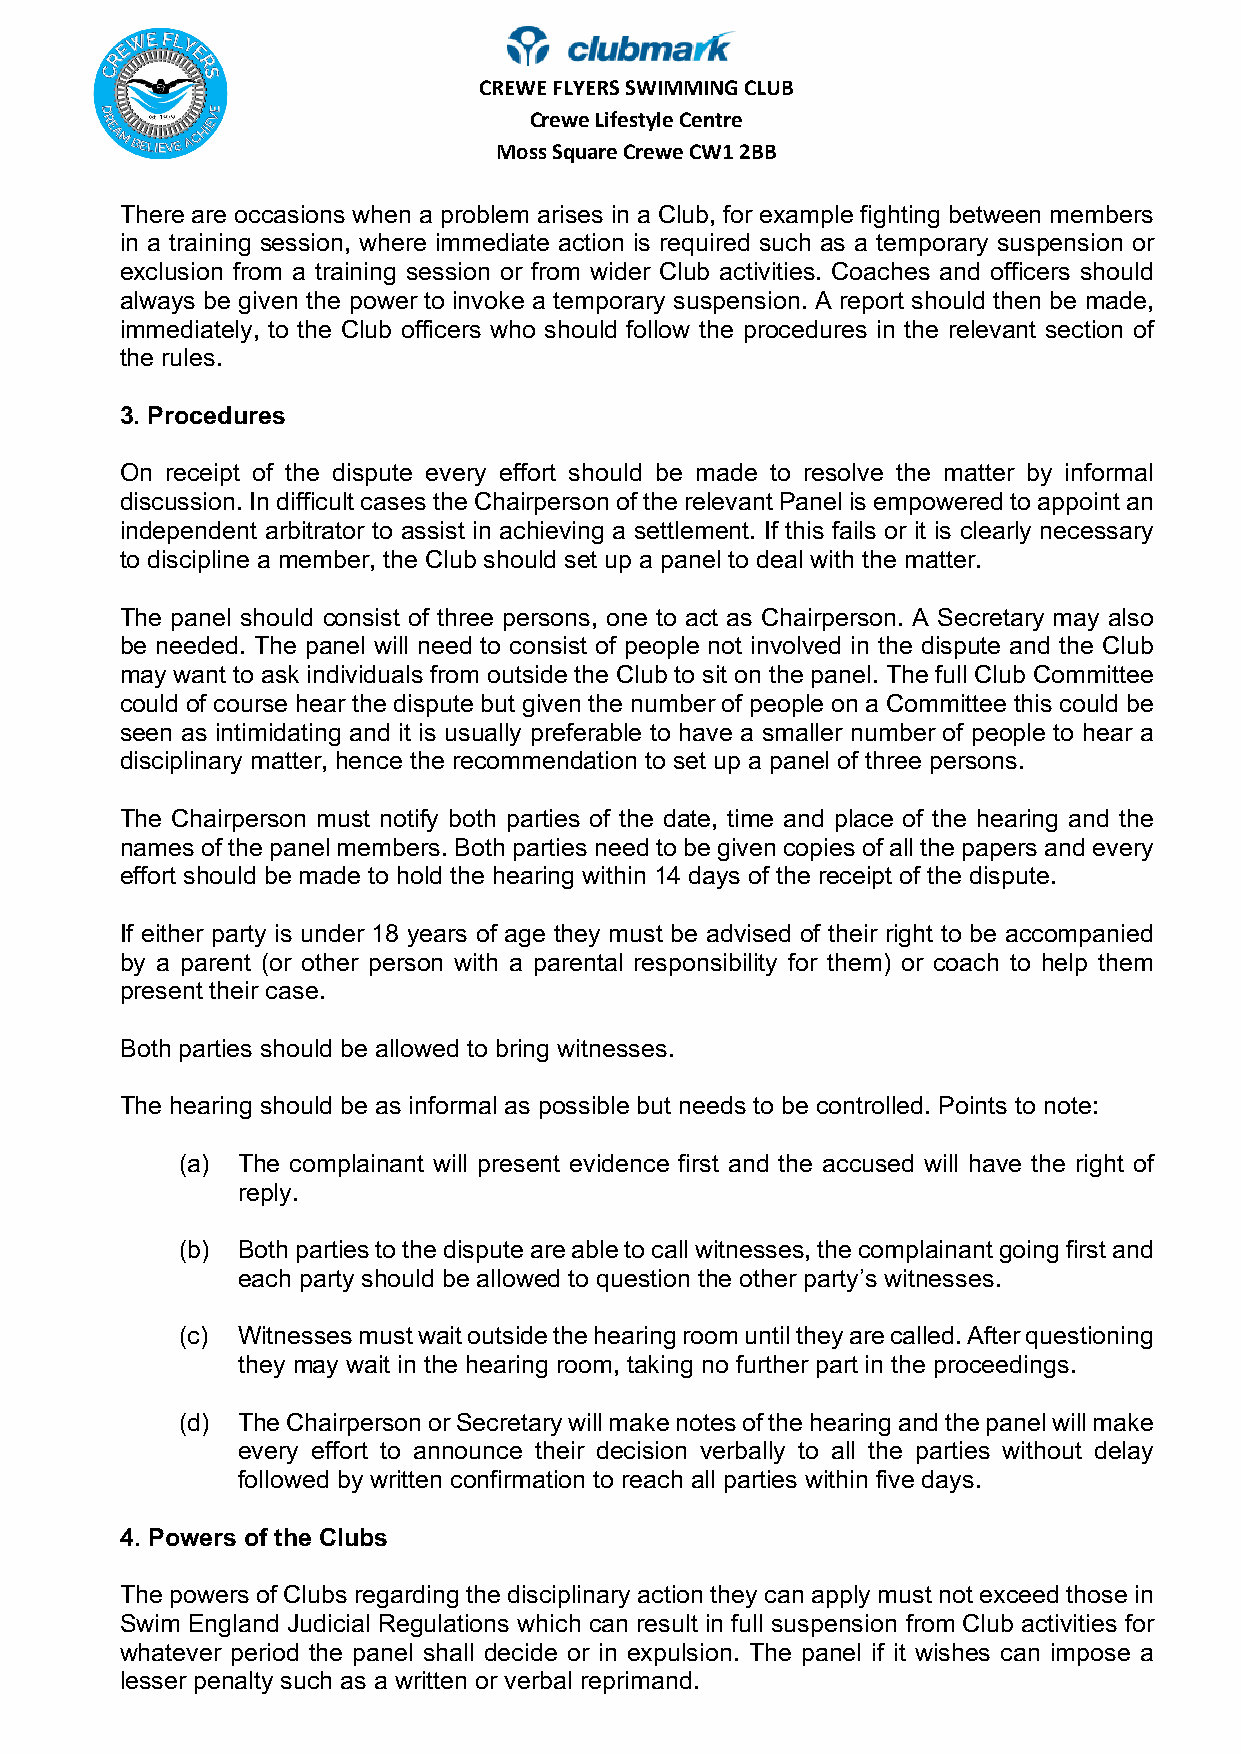
C R E W E FLYERS SWIMMING CLUB
 Crewe Lifestyle Centre
 Moss Square Crewe CW1 2BB
 There are occasions when a problem arises in a Club, for example fighting between members
 in a training session, where immediate action is required such as a temporary suspension or
 exclusion from a training session or from wider Club activities. Coaches and officers should
 always be given the power to invoke a temporary suspension. A report should then be made,
 immediately, to the Club officers who should follow the procedures in the relevant section of
 the rules.
 3. Procedures
 On receipt of the dispute every effort should be made to resolve the matter by informal
 discussion. In difficult cases the Chairperson of the relevant Panel is empowered to appoint an
 independent arbitrator to assist in achieving a settlement. If this fails or it is clearly necessary
 to discipline a member, the Club should set up a panel to deal with the matter.
 The panel should consist of three persons, one to act as Chairperson. A Secretary may also
 be needed. The panel will need to consist of people not involved in the dispute and the Club
 may want to ask individuals from outside the Club to sit on the panel. The full Club Committee
 could of course hear the dispute but given the number of people on a Committee this could be
 seen as intimidating and it is usually preferable to have a smaller number of people to hear a
 disciplinary matter, hence the recommendation to set up a panel of three persons.
 The Chairperson must notify both parties of the date, time and place of the hearing and the
 names of the panel members. Both parties need to be given copies of all the papers and every
 effort should be made to hold the hearing within 14 days of the receipt of the dispute.
 If either party is under 18 years of age they must be advised of their right to be accompanied
 by a parent (or other person with a parental responsibility for them) or coach to help them
 present their case.
 Both parties should be allowed to bring witnesses.
 The hearing should be as informal as possible but needs to be controlled. Points to note:
 (a) The complainant will present evidence first and the accused will have the right of
 reply.
 (b) Both parties to the dispute are able to call witnesses, the complainant going first and
 each party should be allowed to question the other party’s witnesses.
 (c) Witnesses must wait outside the hearing room until they are called. After questioning
 they may wait in the hearing room, taking no further part in the proceedings.
 (d) The Chairperson or Secretary will make notes of the hearing and the panel will make
 every effort to announce their decision verbally to all the parties without delay
 followed by written confirmation to reach all parties within five days.
 4. Powers of the Clubs
 The powers of Clubs regarding the disciplinary action they can apply must not exceed those in
 Swim England Judicial Regulations which can result in full suspension from Club activities for
 whatever period the panel shall decide or in expulsion. The panel if it wishes can impose a
 lesser penalty such as a written or verbal reprimand.